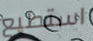
استطيع